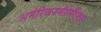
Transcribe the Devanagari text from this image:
अमेरिकनमॅथेमॅटिकल